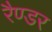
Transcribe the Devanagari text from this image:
रैण्डर